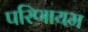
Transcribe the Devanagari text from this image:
परिणायम